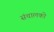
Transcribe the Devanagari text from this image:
संचालको